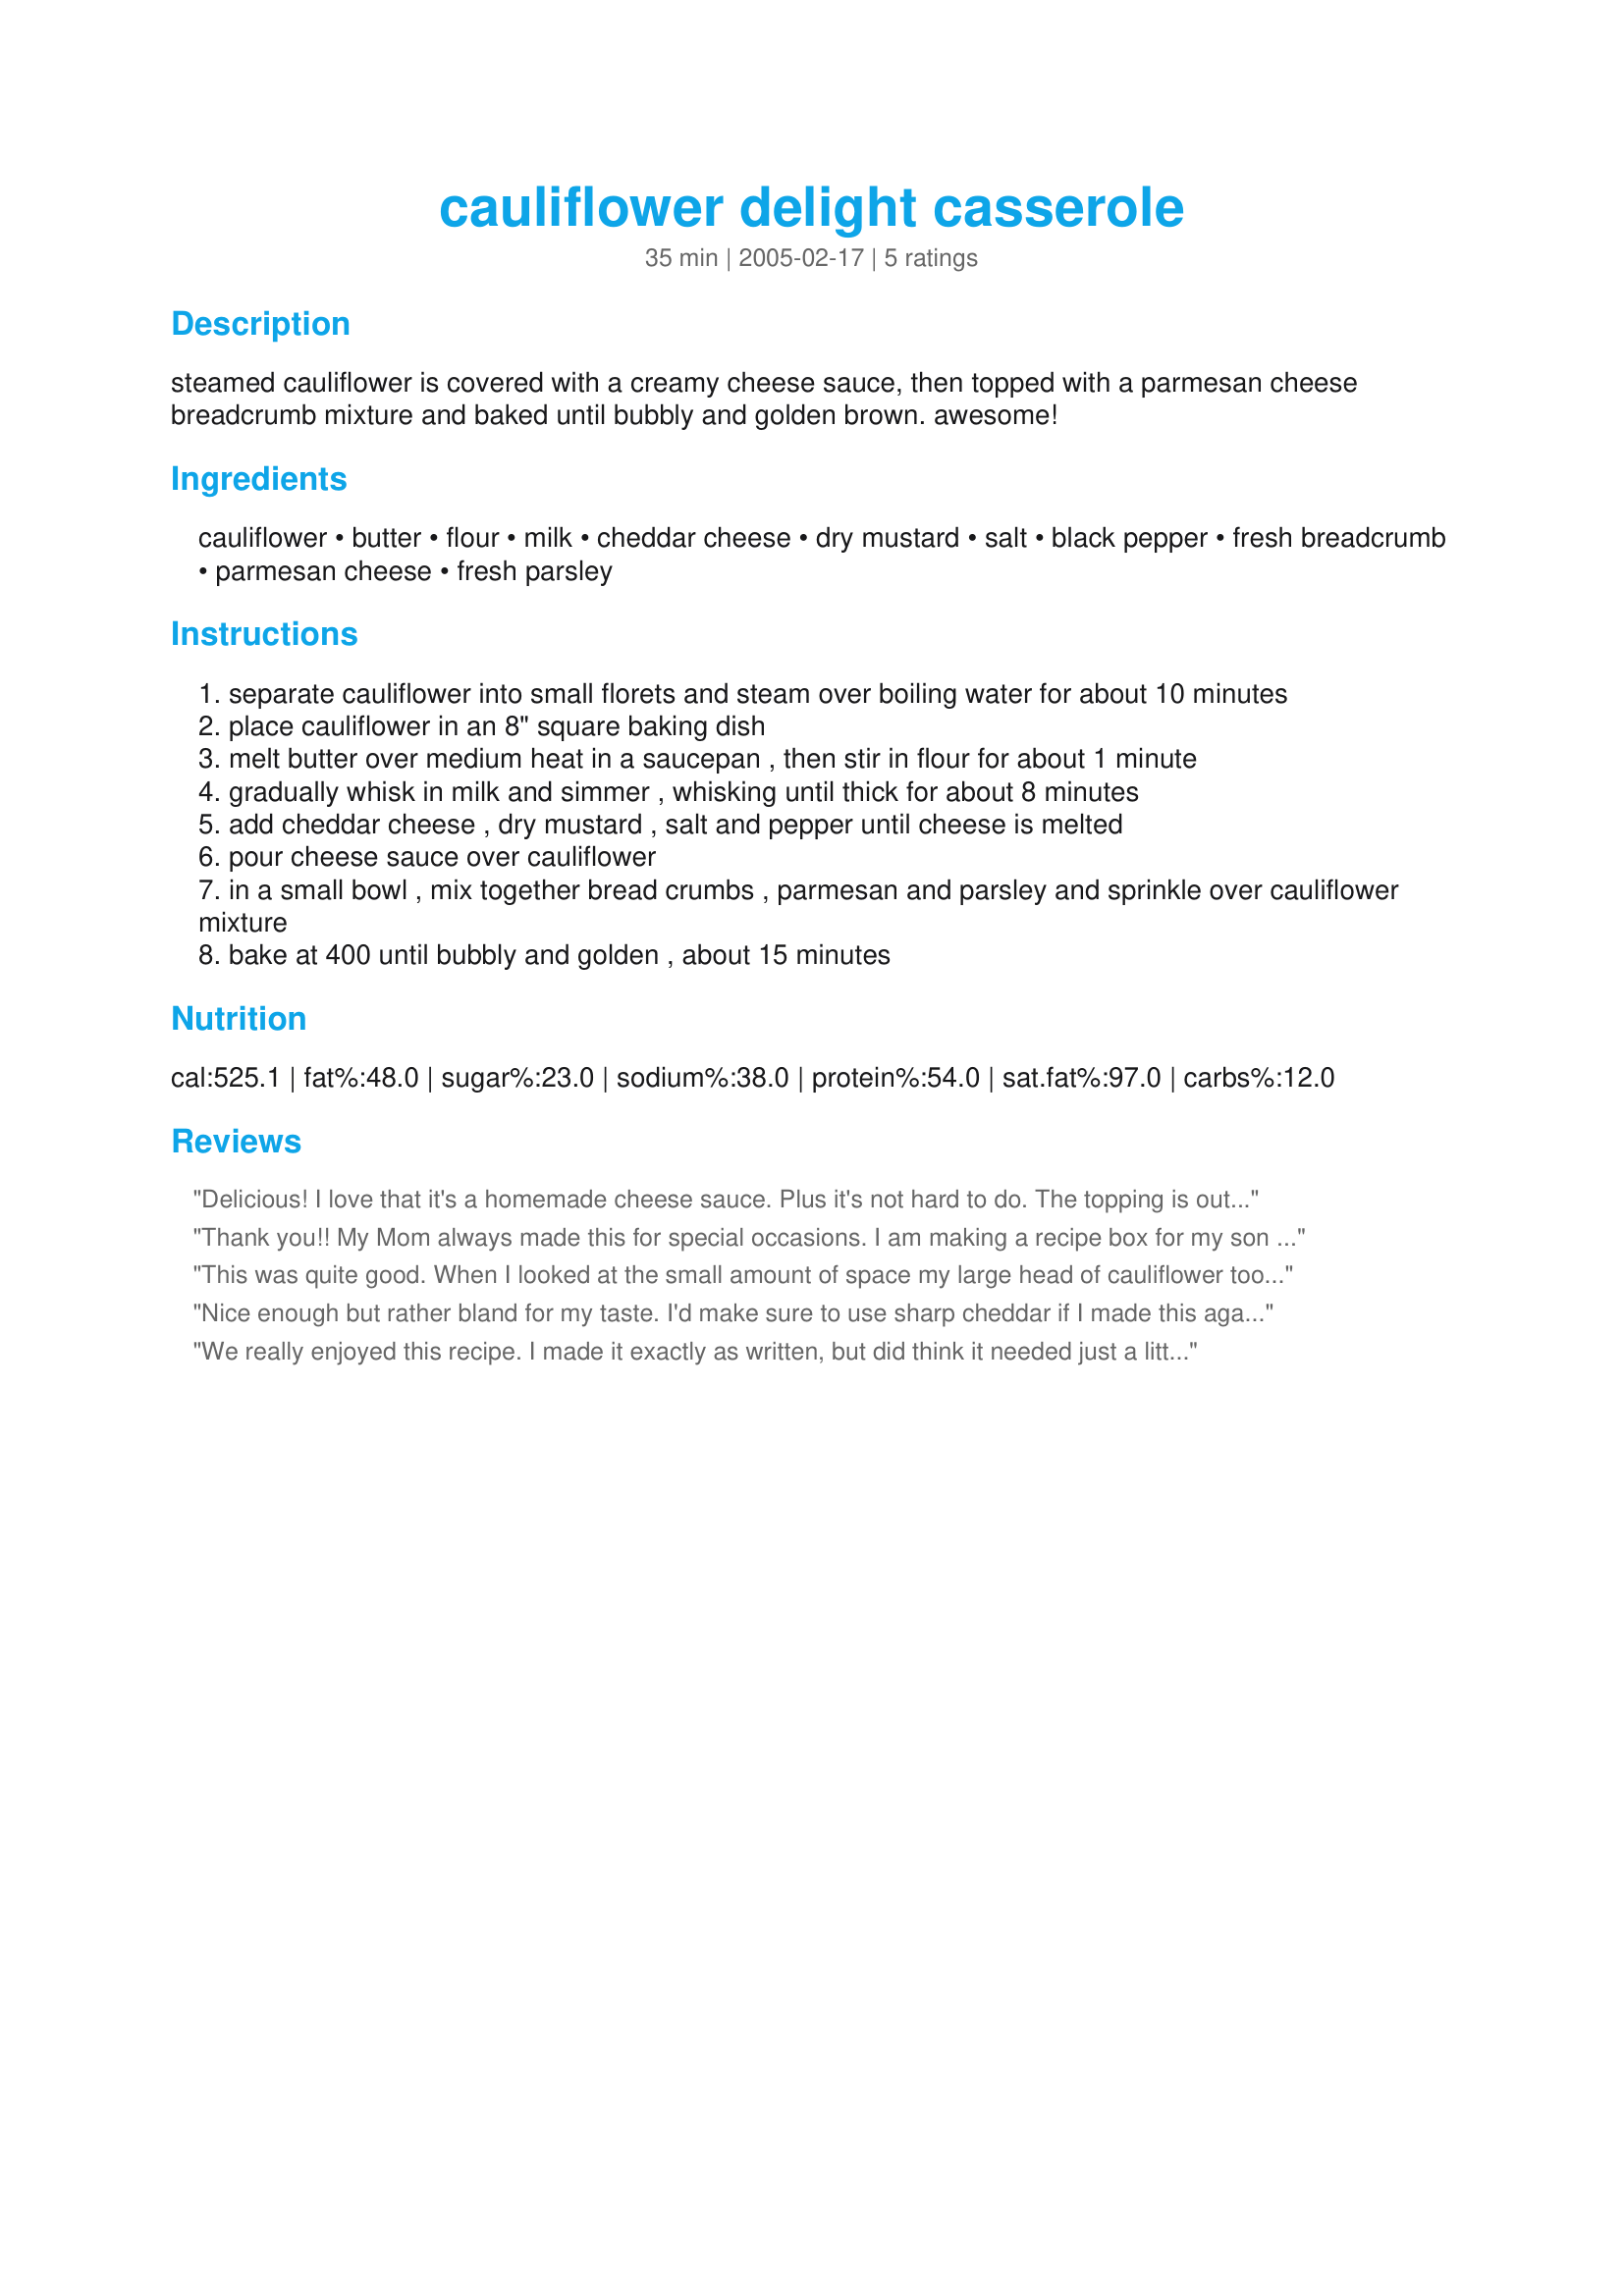
cauliflower delight casserole
Preparation time: 35 minutes

steamed cauliflower is covered with a creamy cheese sauce, then topped with a parmesan cheese breadcrumb mixture and baked until bubbly and golden brown. awesome!

Ingredients:
cauliflower, butter, flour, milk, cheddar cheese, dry mustard, salt, black pepper, fresh breadcrumb, parmesan cheese, fresh parsley

Steps:
separate cauliflower into small florets and steam over boiling water for about 10 minutes
place cauliflower in an 8" square baking dish
melt butter over medium heat in a saucepan , then stir in flour for about 1 minute
gradually whisk in milk and simmer , whisking until thick for about 8 minutes
add cheddar cheese , dry mustard , salt and pepper until cheese is melted
pour cheese sauce over cauliflower
in a small bowl , mix together bread crumbs , parmesan and parsley and sprinkle over cauliflower mixture
bake at 400 until bubbly and golden , about 15 minutes

Reviews:
Delicious! I love that it's a homemade cheese sauce. Plus it's not hard to do. The topping is outstanding-we loved it(my kids do like cauliflower anyway so it was really easy to get them to eat this.) I will definitely make this again. Thanks Marie!
Thank you!! My Mom always made this for special occasions. I am making a recipe box for my son and lost Mom's recipe....I always just do it from my head. Needed the specific measurements. I am so glad you posted this!
This was quite good. When I looked at the small amount of space my large head of cauliflower took up in the 8x8 dish, I decided to cut the sauce in 1/2. I considered it a large head, but that's not Marie's fault... I also took a liberty and used more cheddar cheese on top, rather than parmesan, as that is what the children prefer. Thanks Marie, it was simple and easy to prepare.
Nice enough but rather bland for my taste. I'd make sure to use sharp cheddar if I made this again and maybe a shot or two of hot sauce. Again, pleasant but not a standout.
We really enjoyed this recipe. I made it exactly as written, but did think it needed just a little more salt added in. That's the only change I'll make next time I prepare this. Thanks for sharing the recipe!
